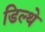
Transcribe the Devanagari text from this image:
डिल्थे